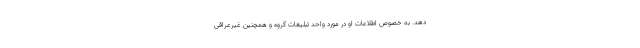
دهد. به خصوص اطلاعات او در مورد واحد تبلیغات گروه و همچنین غیرعراقی